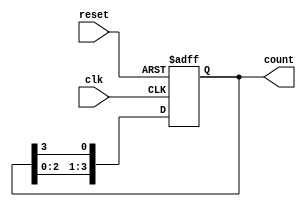
module bistable_ring_counter #(
    parameter N = 4          // Number of flip-flops (Counter size)
)(
    input wire clk,         // Clock input
    input wire reset,       // Reset input (active high)
    output reg [N-1:0] count // Output of the counter
);

// Asynchronous Reset and Counter Logic
always @(posedge clk or posedge reset) begin
    if (reset) begin
        // Initialize the counter to the first state
        count <= 1'b1 << (N-1); // Set the highest bit to 1 (e.g., 1000 for N=4)
    end else begin
        // Shift the '1' to the right, wrapping around
        count <= {count[N-2:0], count[N-1]}; // Shift left, wrap last bit to the front
    end
end

endmodule